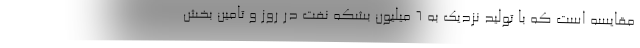
مقایسه است كه با تولید نزدیك به 6 میلیون بشكه نفت در روز و تامین بخش